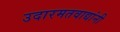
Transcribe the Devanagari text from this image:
उदारमतवाद्यांनी